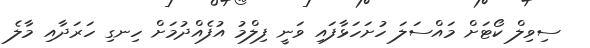
ސިވިލް ކޯޓަށް މައްސަލަ ހުށަހަޅާފައި ވަނީ ފިލްމު އުފެއްދުމަށް ހިނގި ހަރަދާއި މާލެ